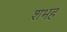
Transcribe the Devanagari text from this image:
शभह